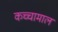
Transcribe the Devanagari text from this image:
कच्चामाल